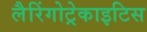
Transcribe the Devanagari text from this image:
लैरिंगोट्रेकाइटिस